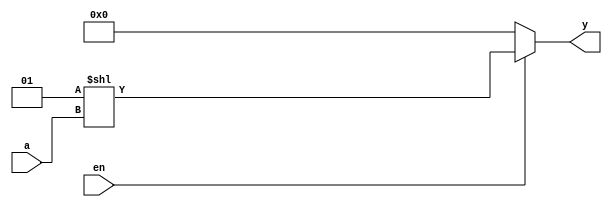

module Three_8De(

   input [2:0]a,
   input en,
   output reg [7:0]y
);


always @(*) begin
   if(en==0)begin
     y=7'b0;
   end else begin
     y=(1<<a);
   end
end

endmodule